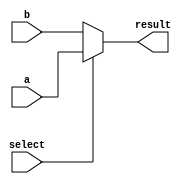
module conditional_assignment (
    input wire a,          // Input signal a
    input wire b,          // Input signal b
    input wire select,     // Condition signal for selection
    output wire result     // Output signal that receives the conditional assignment
);

    // Conditional continuous assignment using the ternary operator
    assign result = (select) ? a : b; // If select is true, result = a; else, result = b

endmodule